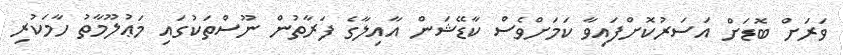
ވަރަށް ބޮޑަށް އަސަރުކޮށްފައިވާ ކަމަށްވެސް ކާޑޭޝަން އާއިލާގެ ފަރާތުން ނޫސްތަކުގައި މަޢުލޫމާތު ހާމަކުރި